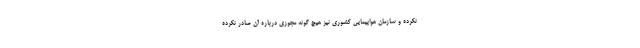
نکرده و سازمان هواپیمایی کشوری نیز هیچ گونه مجوزی درباره آن صادر نکرده